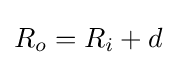
R_{o}=R_{i}+d